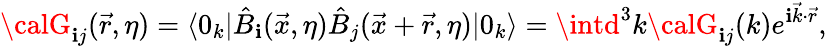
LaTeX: {\calG}_{\mathbf{i}j}(\vec{{r}},\eta)=\langle0_{k}|\hat{{B}}_{\mathbf{i}}(\vec{{x}},\eta)\hat{{B}}_{j}(\vec{{x}}+\vec{{r}},\eta)|0_{k}\rangle=\intd^{3}k{\calG}_{\mathbf{i}j}(k)e^{\mathbf{i}\vec{{k}}\cdot\vec{{r}}},